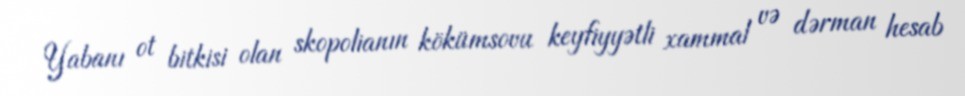
Yabanı ot bitkisi olan skopolianın kökümsovu keyfiyyətli xammal və dərman hesab